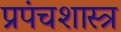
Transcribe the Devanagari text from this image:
प्रपंचशास्त्र